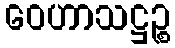
ဝေဟာသဋ္ဌဉ္စ